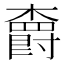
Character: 𣝣